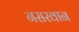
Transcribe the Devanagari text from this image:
नसरवान